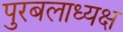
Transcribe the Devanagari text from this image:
पुरबलाध्यक्ष